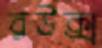
রউক্স